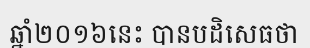
ឆ្នាំ២០១៦នេះ បានបដិសេធថា